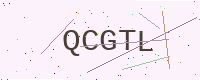
Text: QCGTL